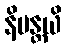
နိမန္တယိ